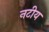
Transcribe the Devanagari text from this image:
नटीय